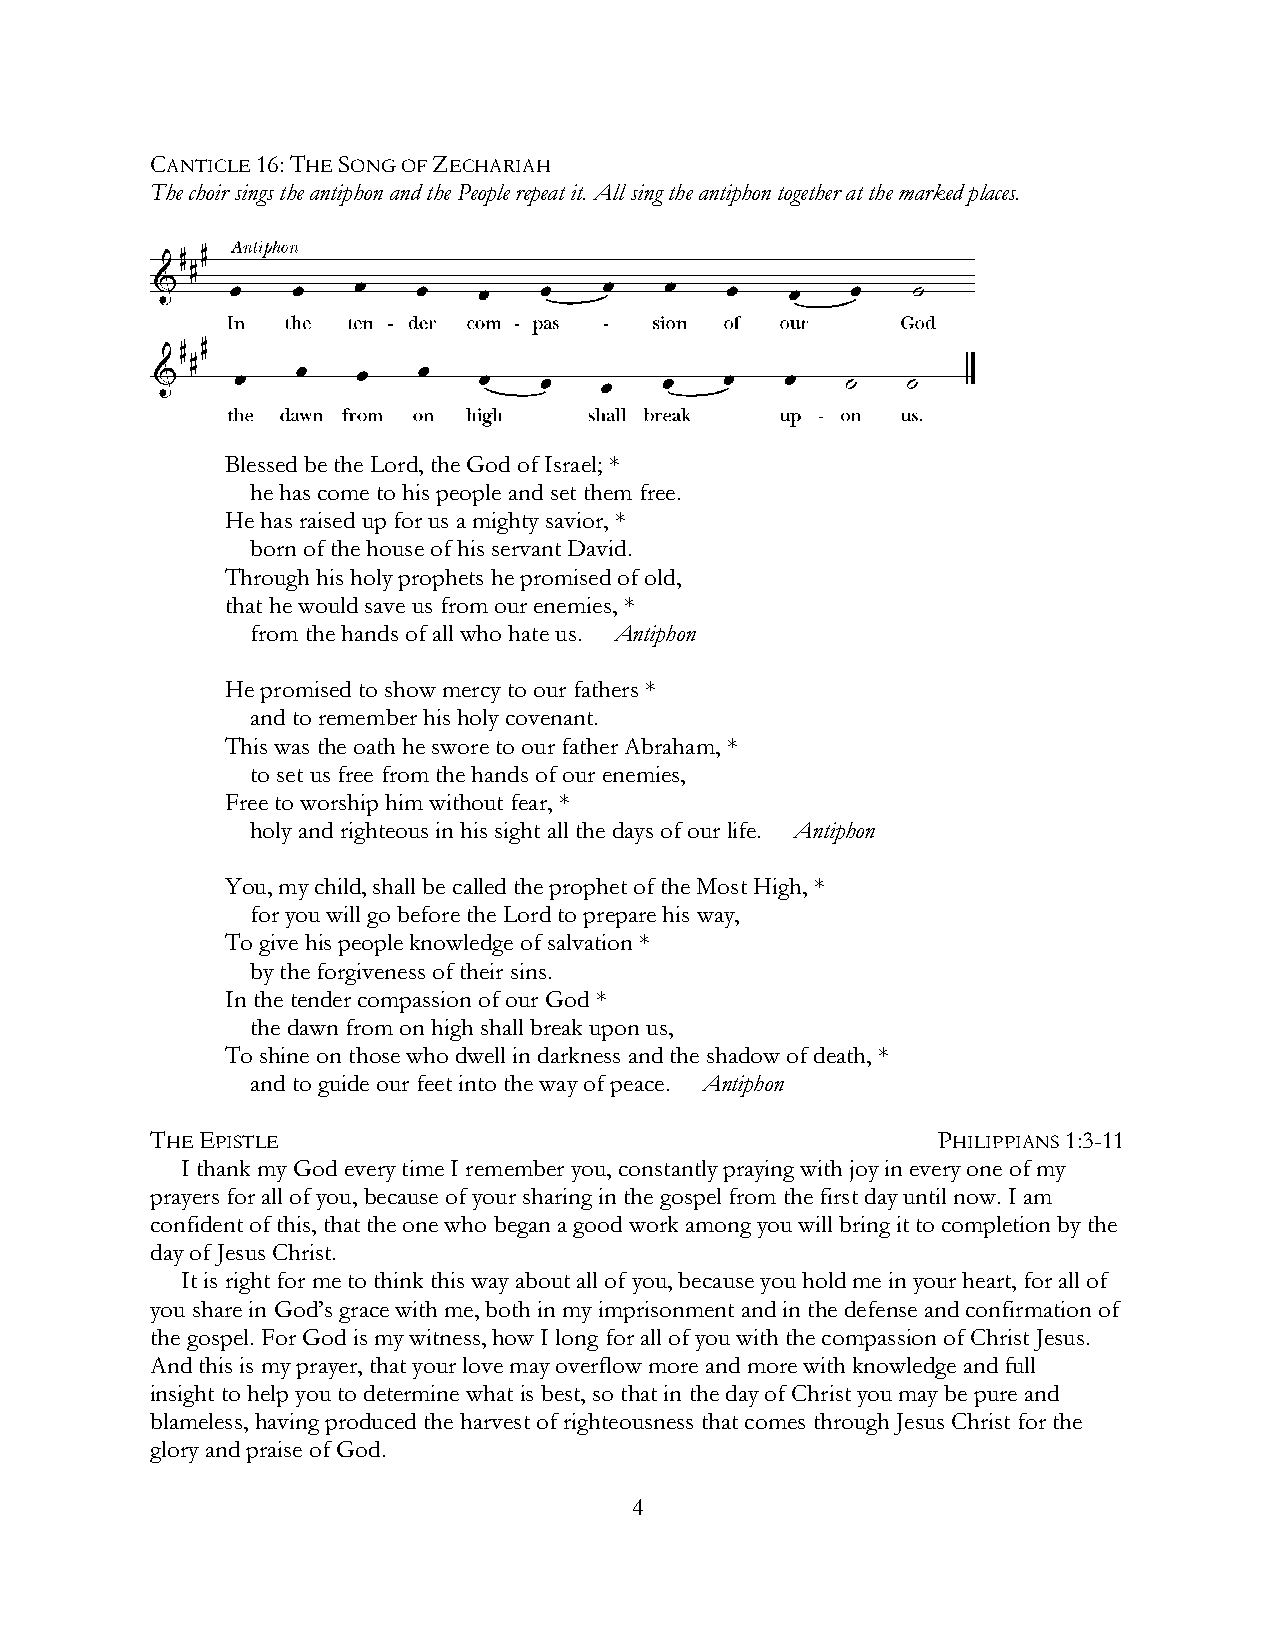
CANTICLE 16: THE SONG OF ZECHARIAH
 The choir sings the antiphon and the People repeat it. All sing the antiphon together at the marked places.
 Blessed be the Lord, the God of Israel; *
 he has come to his people and set them free.
 He has raised up for us a mighty savior, *
 born of the house of his servant David.
 Through his holy prophets he promised of old,
 that he would save us from our enemies, *
 from the hands of all who hate us. Antiphon
 He promised to show mercy to our fathers *
 and to remember his holy covenant.
 This was the oath he swore to our father Abraham, *
 to set us free from the hands of our enemies,
 Free to worship him without fear, *
 holy and righteous in his sight all the days of our life. Antiphon
 You, my child, shall be called the prophet of the Most High, *
 for you will go before the Lord to prepare his way,
 To give his people knowledge of salvation *
 by the forgiveness of their sins.
 In the tender compassion of our God *
 the dawn from on high shall break upon us,
 To shine on those who dwell in darkness and the shadow of death, *
 and to guide our feet into the way of peace. Antiphon
 THE EPISTLE                                         PHILIPPIANS 1:3-11
 I thank my God every time I remember you, constantly praying with joy in every one of my
 prayers for all of you, because of your sharing in the gospel from the first day until now. I am
 confident of this, that the one who began a good work among you will bring it to completion by the
 day of Jesus Christ.
 It is right for me to think this way about all of you, because you hold me in your heart, for all of
 you share in God’s grace with me, both in my imprisonment and in the defense and confirmation of
 the gospel. For God is my witness, how I long for all of you with the compassion of Christ Jesus.
 And this is my prayer, that your love may overflow more and more with knowledge and full
 insight to help you to determine what is best, so that in the day of Christ you may be pure and
 blameless, having produced the harvest of righteousness that comes through Jesus Christ for the
 glory and praise of God.
 4